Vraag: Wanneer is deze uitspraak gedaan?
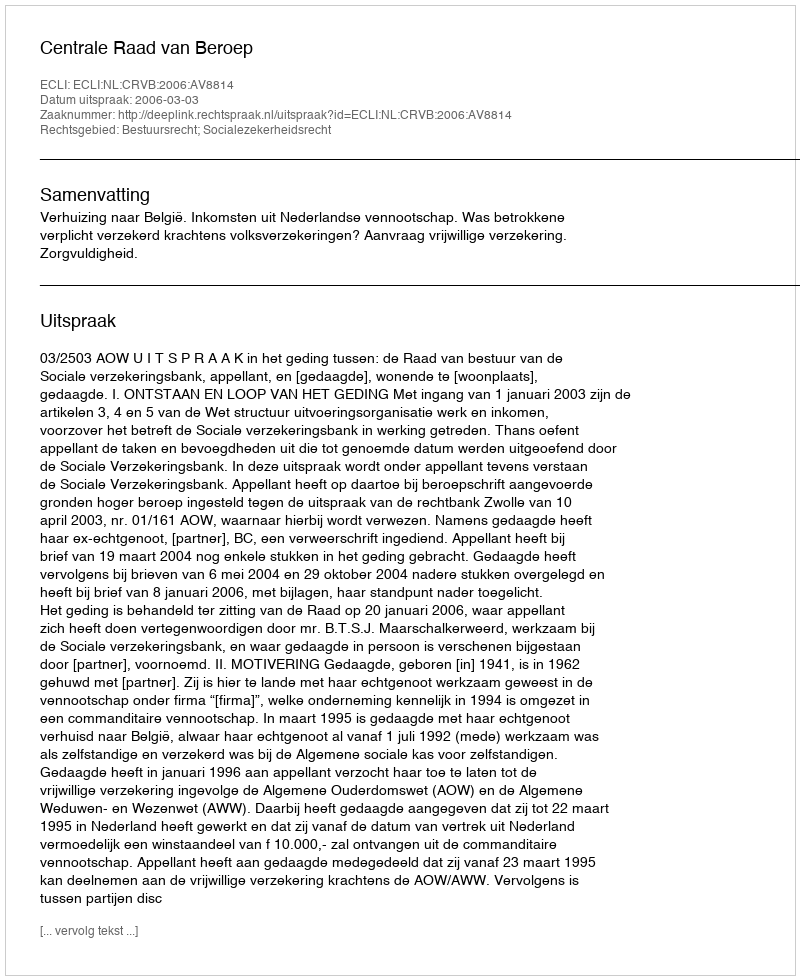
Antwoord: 2006-03-03